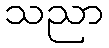
သညာ